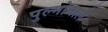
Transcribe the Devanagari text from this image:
पुल्मोनाले